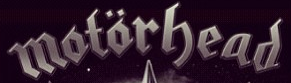
motorhead